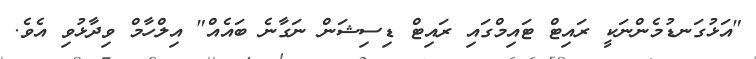
"އަޅުގަނޑުމެންނަކީ ރައިޓް ޓައިމްގައި ރައިޓް ޑިސިޝަން ނަގާނެ ބައެއް" އިލްހާމް ވިދާޅުވި އެވެ.